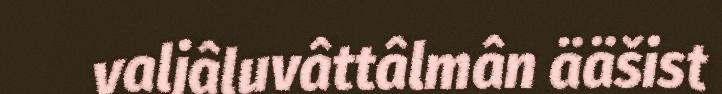
valjâluvâttâlmân ääšist